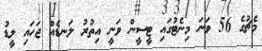
މެޗުގެ 56 ވަނަ މިނެޓުގައި ޓީސީން ވަނީ އިތުރު ލަނޑެއް ޖަހައި ލީޑު